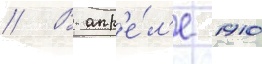
// В апр'е́л'е 1910